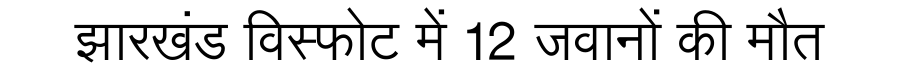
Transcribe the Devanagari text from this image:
झारखंड विस्फोट में 12 जवानों की मौत